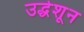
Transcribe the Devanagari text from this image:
उद्धेशून